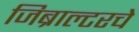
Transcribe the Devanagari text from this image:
जिब्राल्टरचे